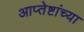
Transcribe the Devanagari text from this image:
आप्‍तेष्टांच्या